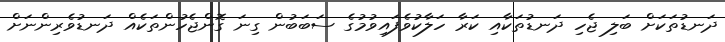
ދަނޑުތަކަށް ބަލި ޖެހި ދަނޑުތަކާއި ކަރާ ހަލާކުވެފައިވުމުގެ ސަބަބުން ގިނަ ގޮންޖެހުންތަކެއް ދަނޑުވެރިންނަށް